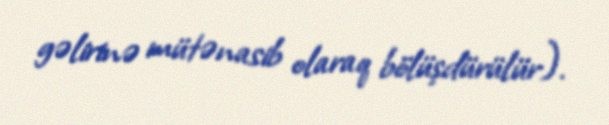
gəlirinə mütənasib olaraq bölüşdürülür).